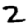
Digit: 2